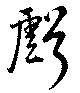
虧